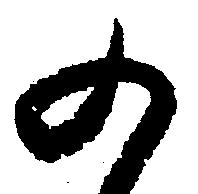
の